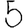
Digit: 5